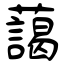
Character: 藹